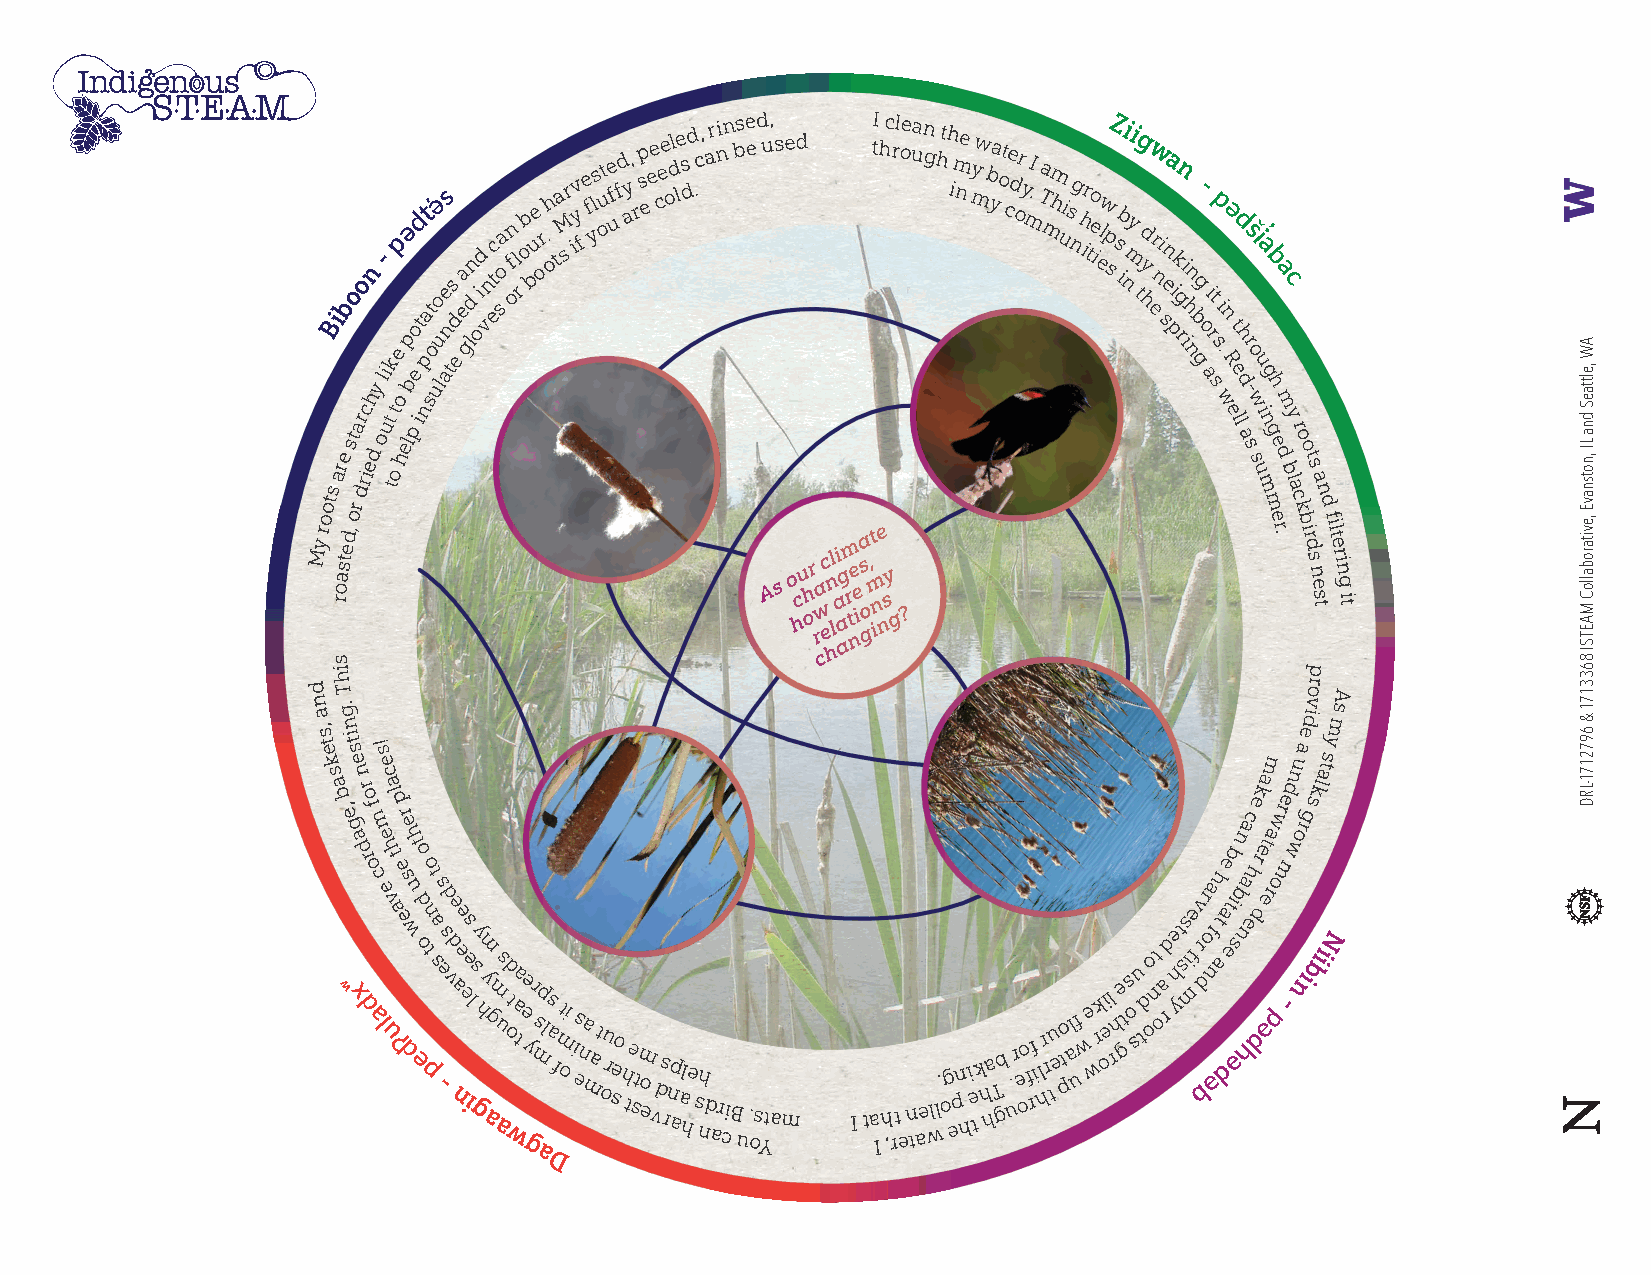
B
 s
 i areb sto
 a
 dro
 ric
 ehn
 d
 y
 ol-
 i
 u t
 t
 k
 ot
 ep
 ho
 elp bə
 p
 eo
 i
 td npat̕ st o uə o lu ae ns ts ed ea gldn oid v n etc soa f on l r ob bue o r. oh ta sMr iyv f fe ylst u o fe uf d y a, rp s e ee cee odl le s dd .c , ar nin bse ed u, sed tI h c rl oe uan g hth im ne y mw b ya o t ce d or y m I . Ta mhm uis ng h ir to e i elw p sZ s ib n i myi tg hydw er n i sena pik g rn i ih nn b
 g
 g- o ai r stp s i w.n ə
 R
 e
 e
 ltd lh
 d
 as r
 -
 s
 wo
 s
 i̓ uua
 i
 mngb
 gh
 ea
 dm
 bc
 y
 l a
 r
 o o t s
 a n
 My
 root
 r soasted,
 or
 A s o hcu h or rwa cc
 e
 hl n li a
 a
 agm r
 t
 ne ie a s
 o
 g, mt ine
 n
 sy
 g ?
 m
 e
 r
 .c k
 b
 ir d s n e s
 t
 d
 f
 ilt e r in g it
 i                                                               p
 dh
 T
 or
 A
 n
 a ,s
 t e k
 .g
 n i
 t s e!s e                                                    m u a
 ediv
 ts
 ym
 s
 s a b
 , e ʷg
 xan
 d
 dr ro
 of
 a
 cm lee
 uc
 h
 va tl ap
 ʔ
 e er dse wuh et o
 d o pn
 to t
 a s
 s
 e -sd v de naee ees il gs y h m y agm aus d o wt aa t ee y
 g
 r msp l as f m oti i es na ma t ou r seo h te stm
 o e vd
 s rnp
 aa
 hle
 s
 nh
 d ar ciB
 u
 . os Ytam I ta Ih ,rt
 e
 n tae
 wll.
 o
 g epn
 h
 i
 e
 tk
 h
 ha
 T
 gb u.r e oo ff ri l hr r tu eto pl af u we wrki oel rhe t g s o s u t do ont oa r d e h yt ss i mfe v r bdr
 oa
 f ən
 h
 t a
 dae
 t
 eb
 i ə
 sbn
 n
 ha ac
 e
 h
 de drk ea
 əet ra pow
 re
 m
 -
 d n
 wo nr ig
 s bk il ia
 N
 a
 D
 AW
 ,elttaeS
 dna
 LI ,notsnavE
 ,evitaroballoC
 MAETSI
 8633171
 & 6972171-LRD